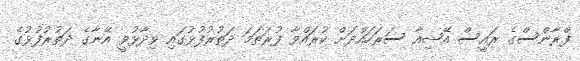
ފްރާންސްގެ ރައީސް އޭޝިއާ ސަރަހައްދަށް ކުރައްވާ ފުރަތަމަ ދަތުރުފުޅުގައި ވިދާޅުވީ އޭނާގެ ދަތުރުފުޅުގެ